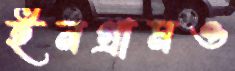
ইনগ্রামও